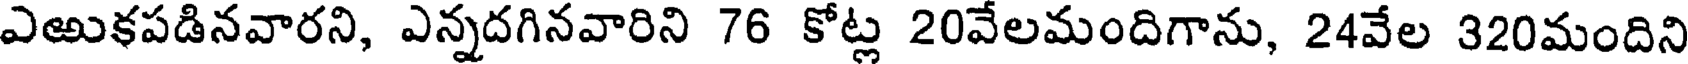
ఎఱుకపడినవారని, ఎన్నదగినవారిని 76 కోట్ల 20వేలమందిగాను, 24వేల 320మందిని